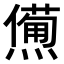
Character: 𤏹